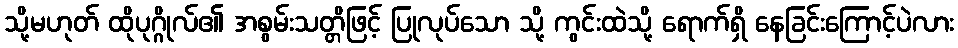
သို့မဟုတ် ထိုပုဂ္ဂိုလ်၏ အစွမ်းသတ္တိဖြင့် ပြုလုပ်သော သို့ ကွင်းထဲသို့ ရောက်ရှိ နေခြင်းကြောင့်ပဲလား